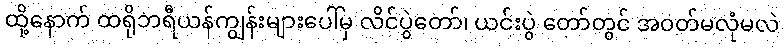
ထို့နောက် ထရိုဘရီယန်ကျွန်းများပေါ်မှ လိင်ပွဲတော်၊ ယင်းပွဲ တော်တွင် အဝတ်မလုံမလဲ